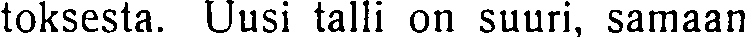
toksesta. Uusi talli on suuri, samaan